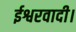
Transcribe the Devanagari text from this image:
ईश्वरवादी।